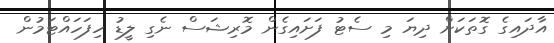
އާދައިގެ ގޮތަކަށް ދިޔަ މި ސެޓު ފަށައިގެން މޮރިޝަސް ނެގި ލީޑު ހިފަހައްޓަމުން